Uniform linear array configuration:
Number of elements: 32
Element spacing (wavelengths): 0.5
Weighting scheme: binomial
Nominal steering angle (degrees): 30
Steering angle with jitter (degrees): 31.746
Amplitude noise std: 0.05
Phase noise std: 0.05

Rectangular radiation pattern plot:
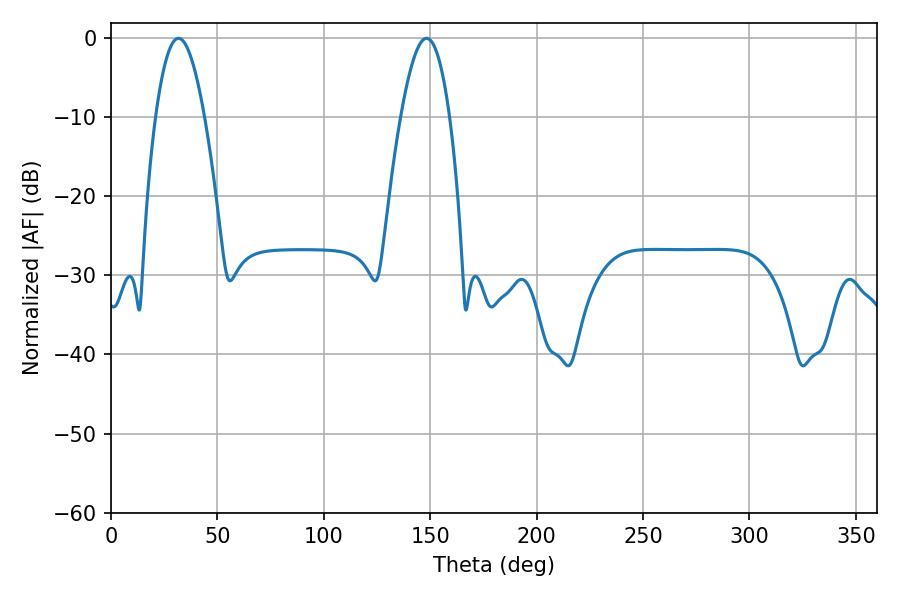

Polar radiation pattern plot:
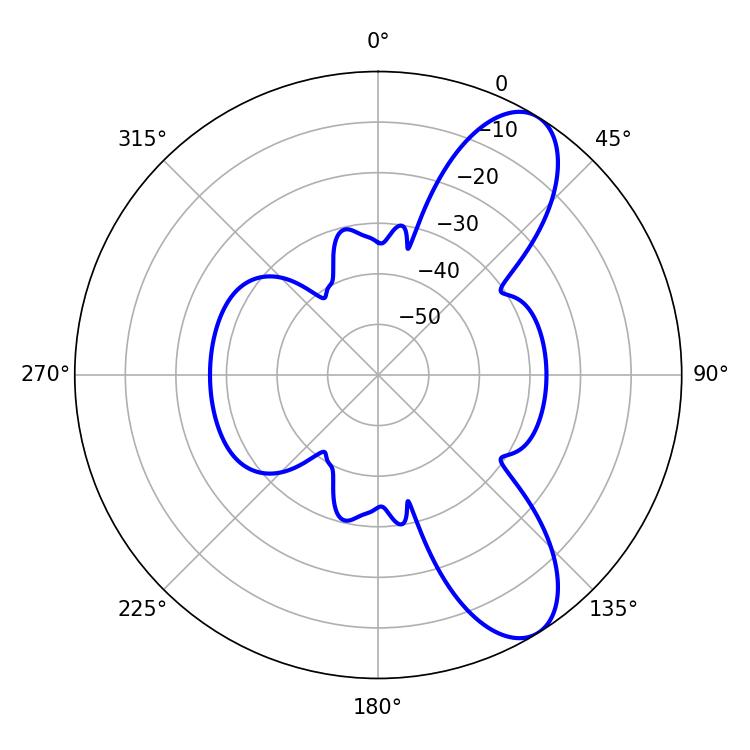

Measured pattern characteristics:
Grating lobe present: FALSE
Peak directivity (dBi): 9.052
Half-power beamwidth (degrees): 12.42
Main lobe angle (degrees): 31.68